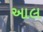
આલ